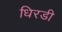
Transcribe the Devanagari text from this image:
धिरडी